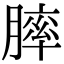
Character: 膟